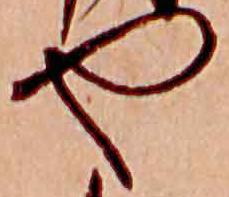
や